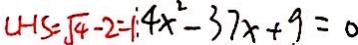
L H S = \sqrt { 4 } - 2 = 1 4 x ^ { 2 } - 3 7 x + 9 = 0